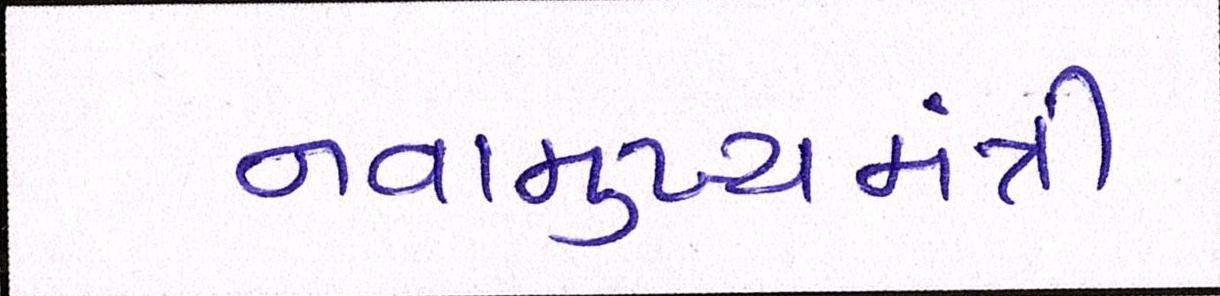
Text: નવામુખ્યમંત્રી